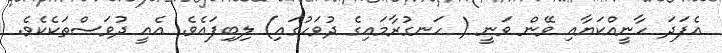
އެފަދަ ހާނީއްކަޔާއި ވޭން ވަނީ ( ހަނގުރާމައިގެ ދުވަހުގައި) ލިބިފައެވެ. އެއީ ދުވަސްތަކެކެވެ.